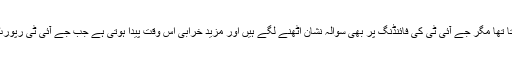
کوئی وقت تھا جوائنٹ انوسٹی گیشن ٹیم کا قیام بڑی اہمیت رکھتا تھا مگر جے آئی ٹی کی فائنڈنگ پر بھی سوالہ نشان اٹھنے لگے ہیں اور مزید خرابی اس وقت پیدا ہوتی ہے جب جے آئی ٹی رپورٹ منظر عام پر آنے میں غیر ضروری تاخیر کر دی جاتی ہے۔